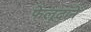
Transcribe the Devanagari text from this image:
फेलूदाने